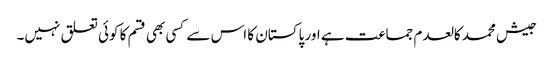
جیش محمد کالعدم جماعت ہے اور پاکستان کا اس سے کسی بھی قسم کا کوئی تعلق نہیں۔